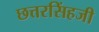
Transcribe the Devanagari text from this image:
छत्तरसिंहजी